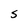
Character: S